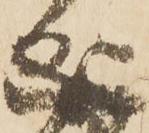
成